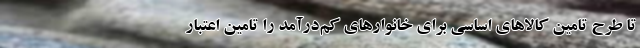
تا طرح تامین کالاهای اساسی برای خانوارهای کم‌درآمد را تامین اعتبار